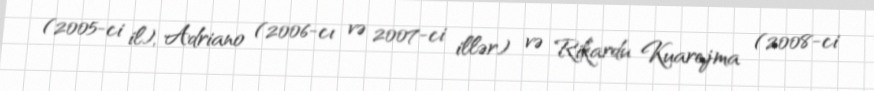
(2005-ci il), Adriano (2006-cı və 2007-ci illər) və Rikardu Kuarejma (2008-ci